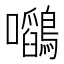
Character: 𭍉